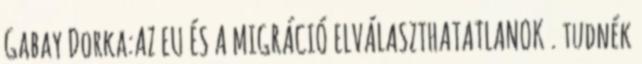
Gabay Dorka:AZ EU ÉS A MIGRÁCIÓ ELVÁLASZTHATATLANOK . tudnék